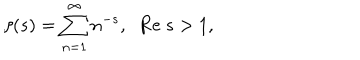
\zeta ( s ) = \sum _ { n = 1 } ^ { \infty } n ^ { - s } , \; \; \mathrm { R e } ~ s > 1 ,